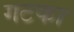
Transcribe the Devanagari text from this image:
गटका